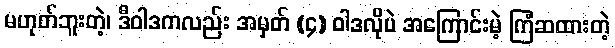
မဟုတ်ဘူးတဲ့၊ ဒီဝါဒကလည်း အမှတ် (၄) ဝါဒလိုပဲ အကြောင်းမဲ့ ကြံဆထားတဲ့